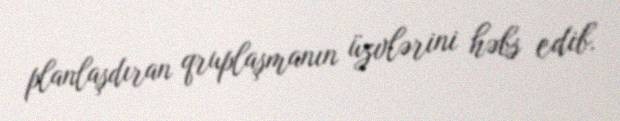
planlaşdıran qruplaşmanın üzvlərini həbs edib.